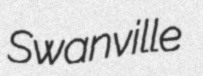
Swanville